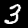
Digit: 3